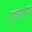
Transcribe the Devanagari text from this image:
दुखालै